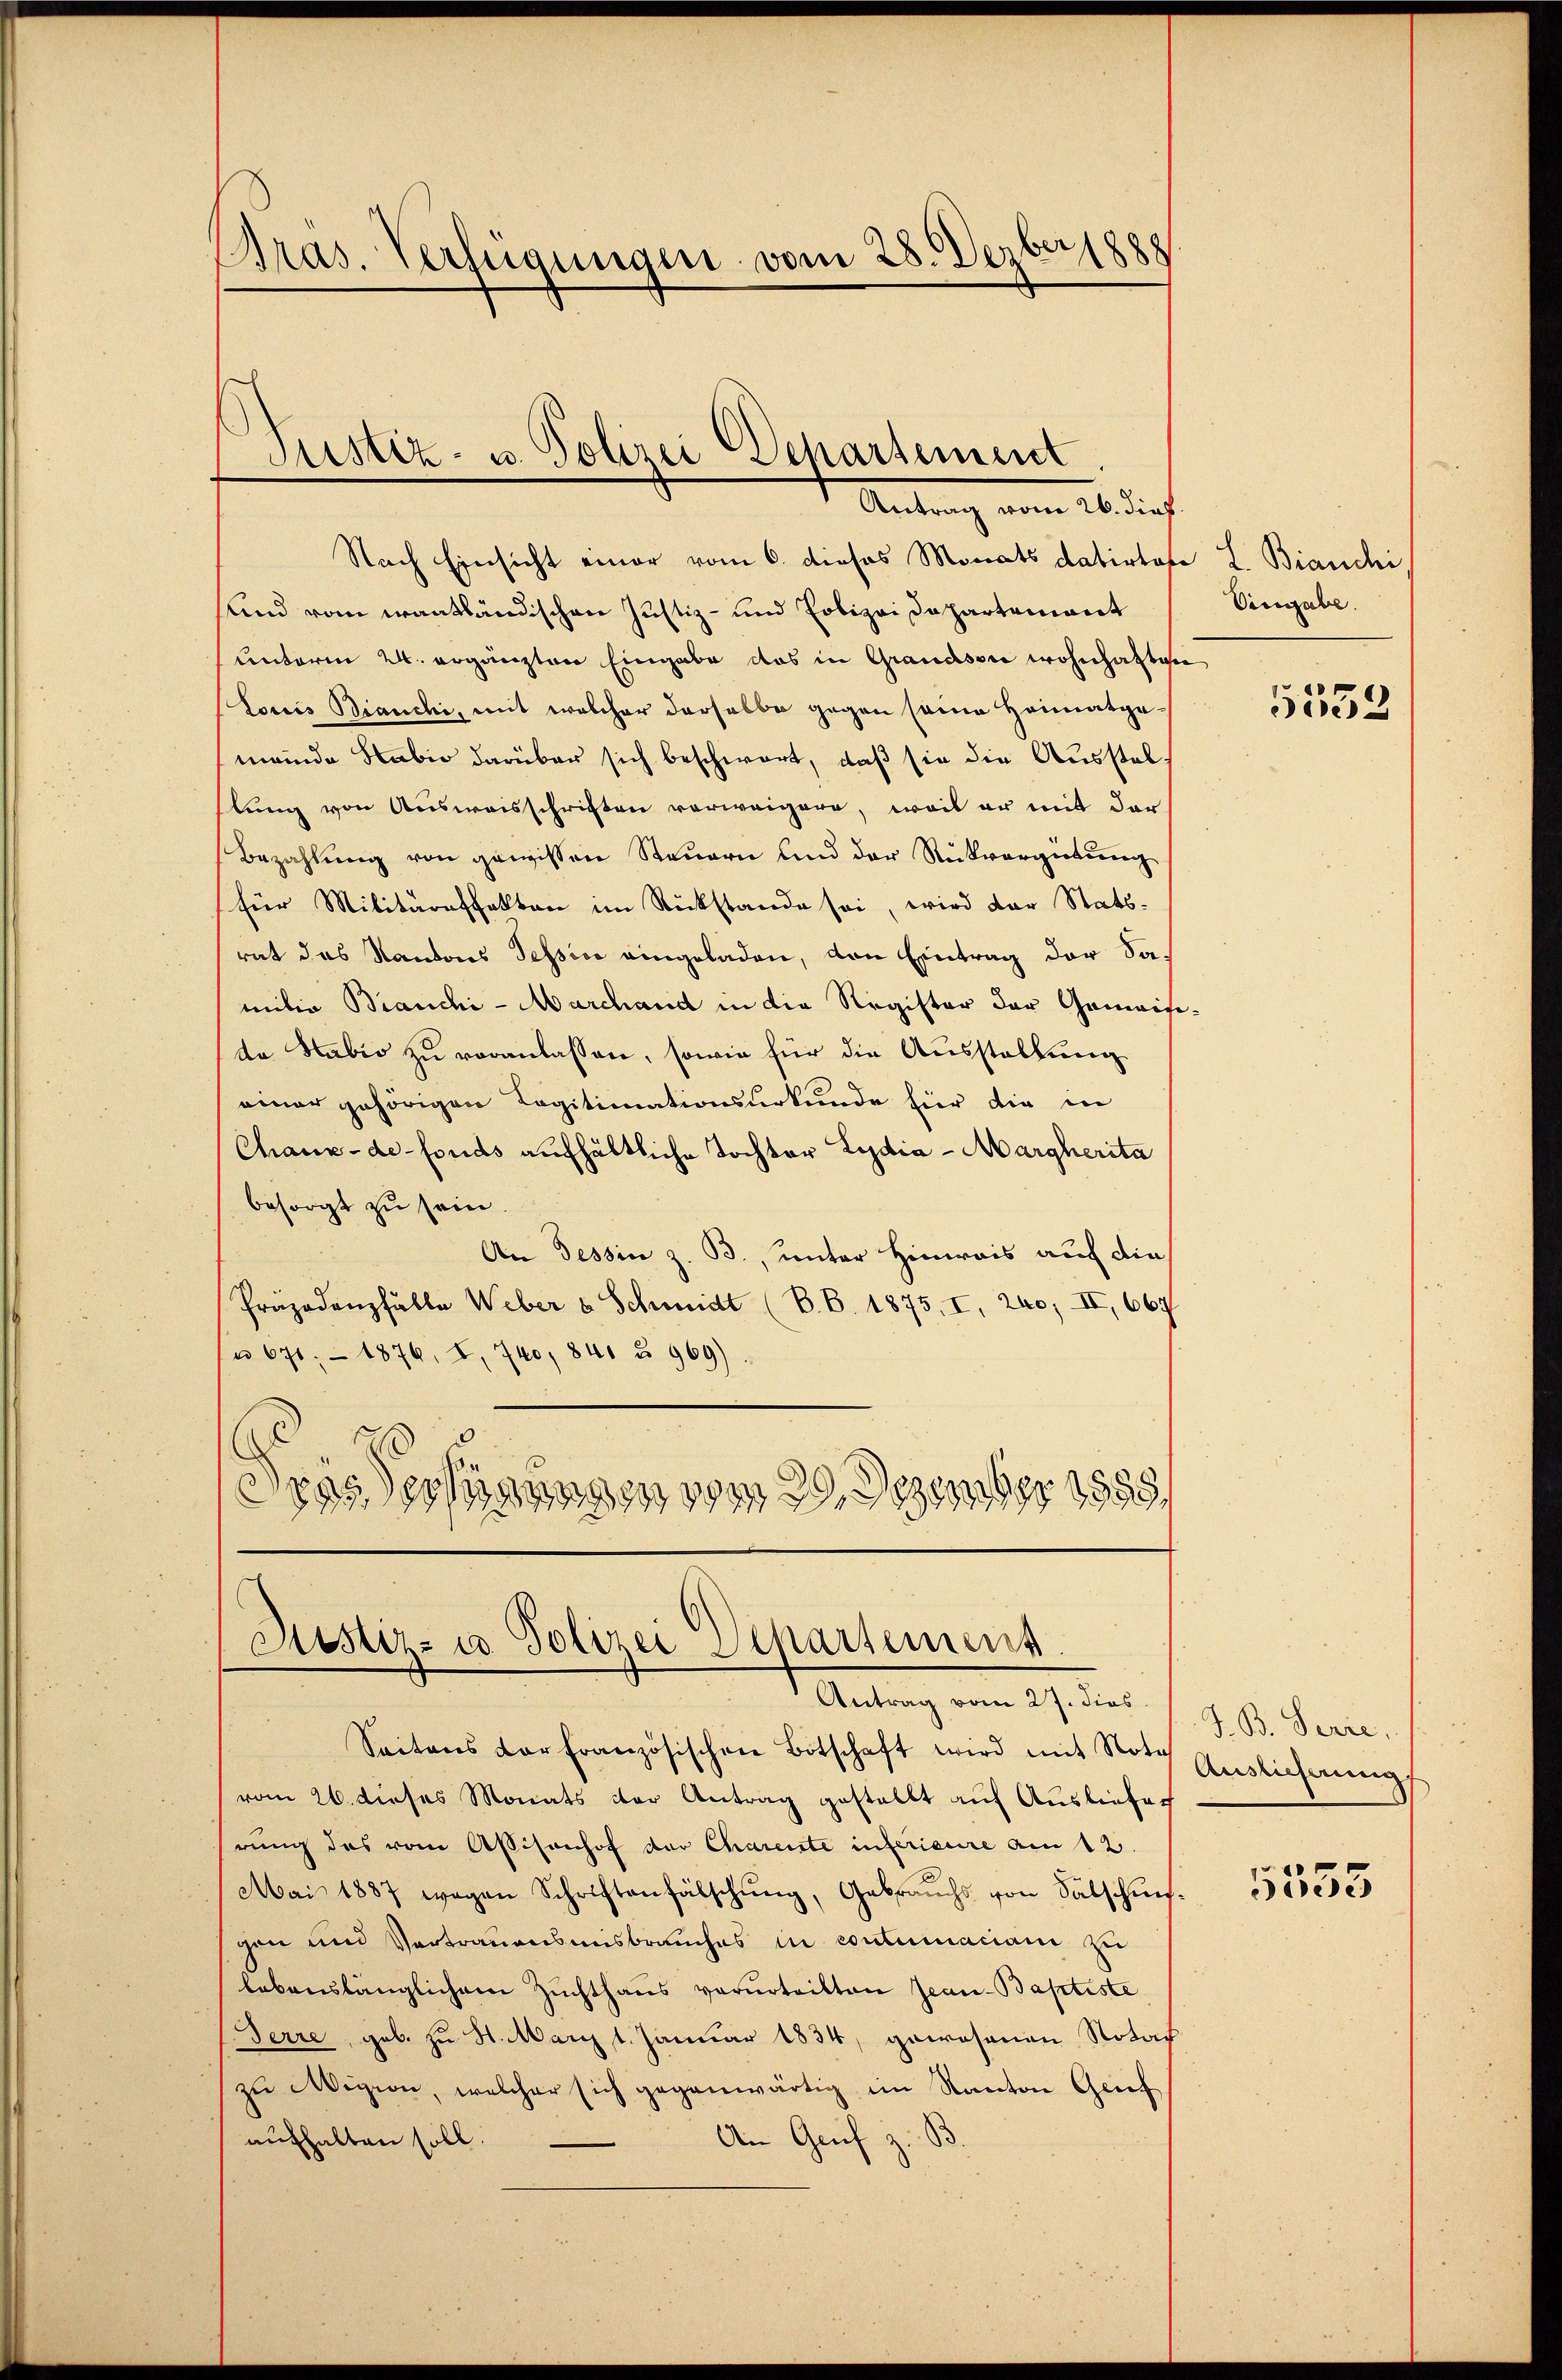
Bras. Verfügungen vom 28. Dezber 1888

Justiz- u. Polizei Departement
Antrag vom 26. dies

Nach Einsicht einer vom 6. dieses Monats datirtes L. Bianchi
sund vom erantländischen Justiz- und Polizei Departemont
unterm 24. ergänzten Eingabe das in Grandson wohnhaften
Loris Bianchi, mit welcher derselbe gegen seine Heimatgemeinde Habio darüber sich beschwart, daß sie die Ausstellung von Ausweisschriften verweigere, weil er mit der
Bezahlŭng von gewissen Steŭern und der Rückvergütŭng
für Militäraffolten im Rückstande sei, wird der Stats-
rat das Kantons Tessive eingeladen, den Eintrag der Samilie Brauchi- Marchand in die Register der Gemeise
da Habis zu veranlassen, sowie für die Ausstellung
einer gehörigen Legitimationsurkunde hier die in
Chaux-de-Fonds aufhältliche Tochter Lydia - Margherita
besorgt zu sein.
An Tessin z. B., unter Hinweis auf die
Präpodenzfälle Weber u Schmidt (B.B. 1875, I, 240, II, 667
u 671. 1876, I. 740, 841 u. 969).
2
dres eigen den vom 29. Dezember 1858.

Justiz- u. Polizei Separtement
.
Antrag vom 27. dies

Saitens der französischen Botschaft wird mit Nota
vom 26. dieses Monats der Antrag gestellt auf Ausliefes
rung des vom Assisonhof der Charente inférieure am 12.
Mai 1887 wegen Schriftenfälschung, Gebrauchs von Sälschungen und Vertrauensmisbrauches in contumaciani zu
lebenslänglichem Zuchthaus verurteilten Jean-Baptiste
Ferre, geb. zu 3. März 1. Januar 1834, gewesenen Notar
zŭ Wigion, welcher sich gegenwärtig im Kanton Greif
aufhalten soll.
An Grif z. B.

Vingabe.

5533

J. B. Serie,
Auslieferung

5335